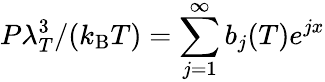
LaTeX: P\lambda_{T}^{3}/(k_{\mathrm{B}}T)=\sum_{j=1}^{\infty}b_{j}(T)e^{jx}